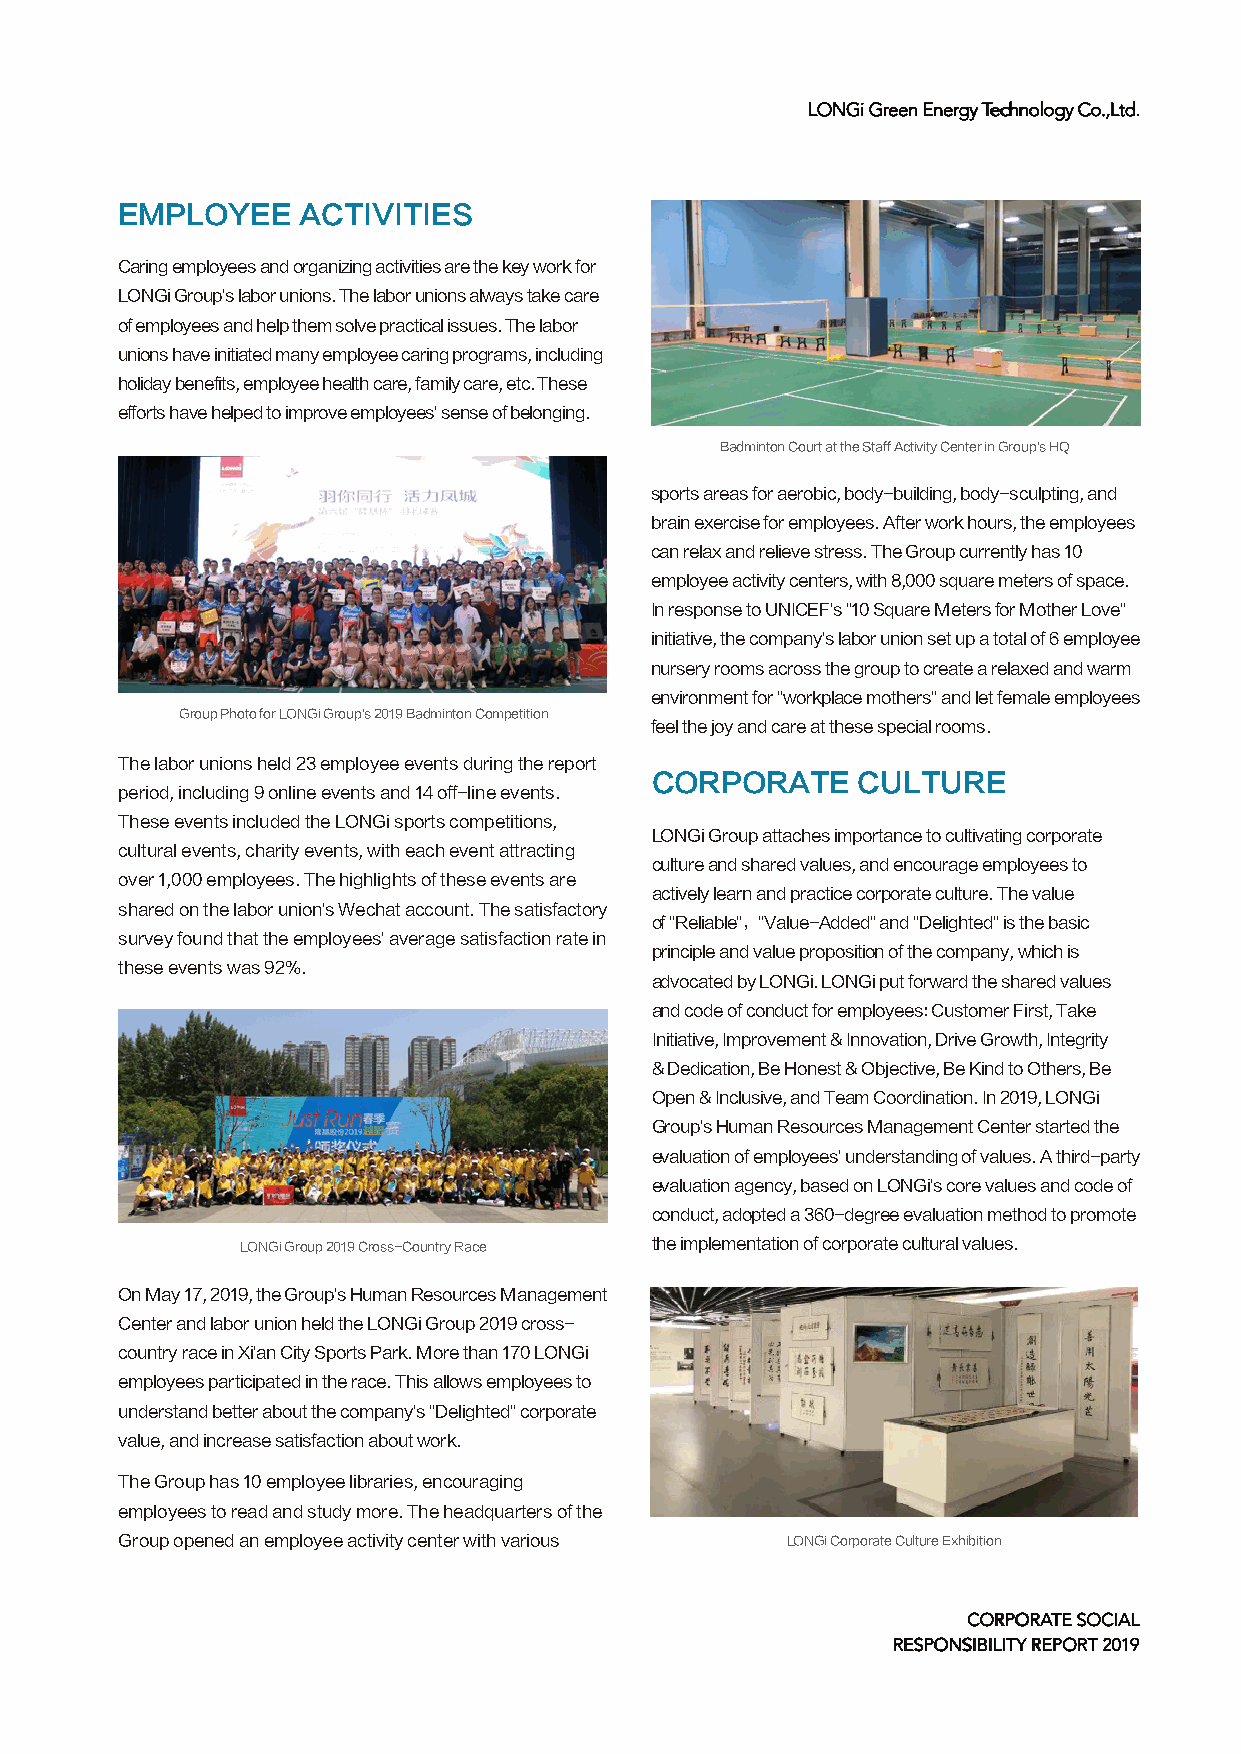
LLOONNGGii GGrreeeenn EEnneerrggyy TTeecchhnnoollooggyy CCoo..,,LLttdd..
 EMPLOYEE    ACTIVITIES
 Caring employees and organizing activities are the key work for
 LONGi Group's labor unions. The labor unions always take care
 of employees and help them solve practical issues. The labor
 unions have initiated many employee caring programs, including
 holiday benefits, employee health care, family care, etc. These
 efforts have helped to improve employees' sense of belonging.
 Badminton Court at the Staff Activity Center in Group's HQ
 sports areas for aerobic, body-building, body-sculpting, and
 brain exercise for employees. After work hours, the employees
 can relax and relieve stress. The Group currently has 10
 employee activity centers, with 8,000 square meters of space.
 In response to UNICEF's "10 Square Meters for Mother Love"
 initiative, the company's labor union set up a total of 6 employee
 nursery rooms across the group to create a relaxed and warm
 environment for "workplace mothers" and let female employees
 Group Photo for LONGi Group's 2019 Badminton Competition
 feel the joy and care at these special rooms.
 The labor unions held 23 employee events during the report
 CORPORATE     CULTURE
 period, including 9 online events and 14 off-line events.
 These events included the LONGi sports competitions,
 LONGi Group attaches importance to cultivating corporate
 cultural events, charity events, with each event attracting
 culture and shared values, and encourage employees to
 over 1,000 employees. The highlights of these events are
 actively learn and practice corporate culture. The value
 shared on the labor union's Wechat account. The satisfactory
 of "Reliable"，"Value-Added" and "Delighted" is the basic
 survey found that the employees' average satisfaction rate in
 principle and value proposition of the company, which is
 these events was 92%.
 advocated by LONGi. LONGi put forward the shared values
 and code of conduct for employees: Customer First, Take
 Initiative, Improvement & Innovation, Drive Growth, Integrity
 & Dedication, Be Honest & Objective, Be Kind to Others, Be
 Open & Inclusive, and Team Coordination. In 2019, LONGi
 Group's Human Resources Management Center started the
 evaluation of employees' understanding of values. A third-party
 evaluation agency, based on LONGi's core values and code of
 conduct, adopted a 360-degree evaluation method to promote
 LONGi Group 2019 Cross-Country Race the implementation of corporate cultural values.
 On May 17, 2019, the Group's Human Resources Management
 Center and labor union held the LONGi Group 2019 cross-
 country race in Xi'an City Sports Park. More than 170 LONGi
 employees participated in the race. This allows employees to
 understand better about the company's "Delighted" corporate
 value, and increase satisfaction about work.
 The Group has 10 employee libraries, encouraging
 employees to read and study more. The headquarters of the
 Group opened an employee activity center with various LONGi Corporate Culture Exhibition
 CCOORRPPOORRAATTEE SSOOCCIIAALL
 RREESSPPOONNSSIIBBIILLIITTYY RREEPPOORRTT 22001199